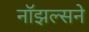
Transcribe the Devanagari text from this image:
नॉझल्सने